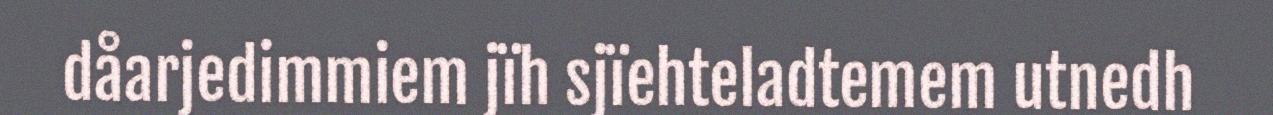
dåarjedimmiem jïh sjïehteladtemem utnedh